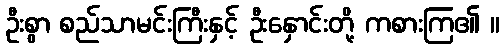
ဦးစွာ စည်သာမင်းကြီးနှင့် ဦးနှောင်းတို့ ကစားကြ၏ ။